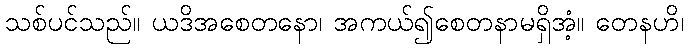
သစ်ပင်သည်။ ယဒိအစေတနော၊ အကယ်၍စေတနာမရှိအံ့။ တေနဟိ၊